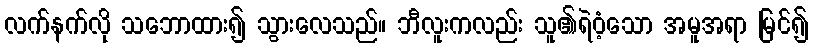
လက်နက်လို သဘောထား၍ သွားလေသည်။ ဘီလူးကလည်း သူ၏ရဲဝံ့သော အမူအရာ မြင်၍